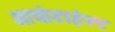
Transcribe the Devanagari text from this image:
आयोडाईज्ड